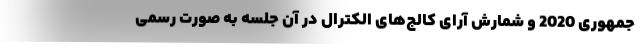
جمهوری 2020 و شمارش آرای کالج‌های الکترال در آن جلسه به صورت رسمی